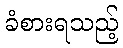
ခံစားရသည့်